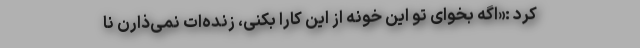
کرد :«اگه بخوای تو این خونه از این کارا بکنی، زنده‌ات نمی‌ذارن نا